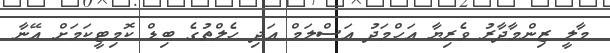
މާލީ ޒިންމާދާރު ވެރިޔާ އަހްމަދު އަސްލަމް އަދި ހެލްތުގެ ބިޑް ކޮމިޓީކަމަށް އޭނާ